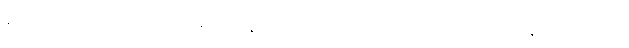
နိဟွန်း ဆိုသည့် စကားလုံးအား ပုံမှန်စကားလုံး အဖြစ် အသုံးပြုနေ ချိန်၌ တစ်ခါတစ်ရံတွင်